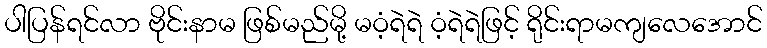
ပါပြန်ရင်လာ ဗိုင်းနာမ ဖြစ်မည်မို့ မဝံ့ရဲရဲ ဝံ့ရဲရဲဖြင့် ရိုင်းရာမကျလေအောင်